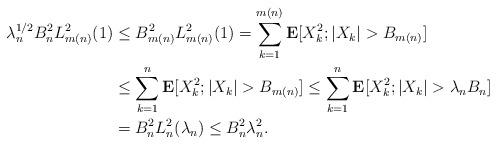
LaTeX: \begin{align*}\lambda_n^{1/2}B_n^2L_{m(n)}^2(1)&\le B_{m(n)}^2L_{m(n)}^2(1) =\sum_{k=1}^{m(n)}\mathbf{E}[X_k^2;|X_k|>B_{m(n)}]\\&\le\sum_{k=1}^n\mathbf{E}[X_k^2;|X_k|>B_{m(n)}]\le\sum_{k=1}^n\mathbf{E}[X_k^2;|X_k|>\lambda_nB_n]\\&=B_n^2L_n^2(\lambda_n)\le B_n^2\lambda_n^2.\end{align*}